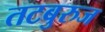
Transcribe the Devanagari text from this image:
तटबुरुज